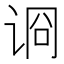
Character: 𰵪